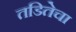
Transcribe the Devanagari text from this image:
तडितेचा